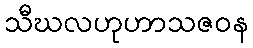
သီဃလဟုဟာသဇဝန